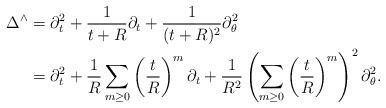
LaTeX: \begin{align*}\Delta^\wedge &= \partial^2_t + \frac 1{t+R}\partial_t + \frac 1{(t+R)^2}\partial_\theta^2 \\&= \partial^2_t + \frac 1R \sum_{m \ge 0}\left(\frac tR\right)^m \partial_t + \frac 1{R^2} \left(\sum_{m \ge 0}\left(\frac tR\right)^m\right)^2 \partial_\theta^2.\end{align*}